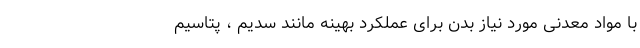
با مواد معدنی مورد نیاز بدن برای عملکرد بهینه مانند سدیم ، پتاسیم